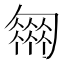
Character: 𠤈